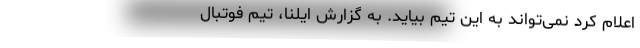
اعلام کرد نمی‌تواند به این تیم بیاید. به گزارش ایلنا، تیم فوتبال